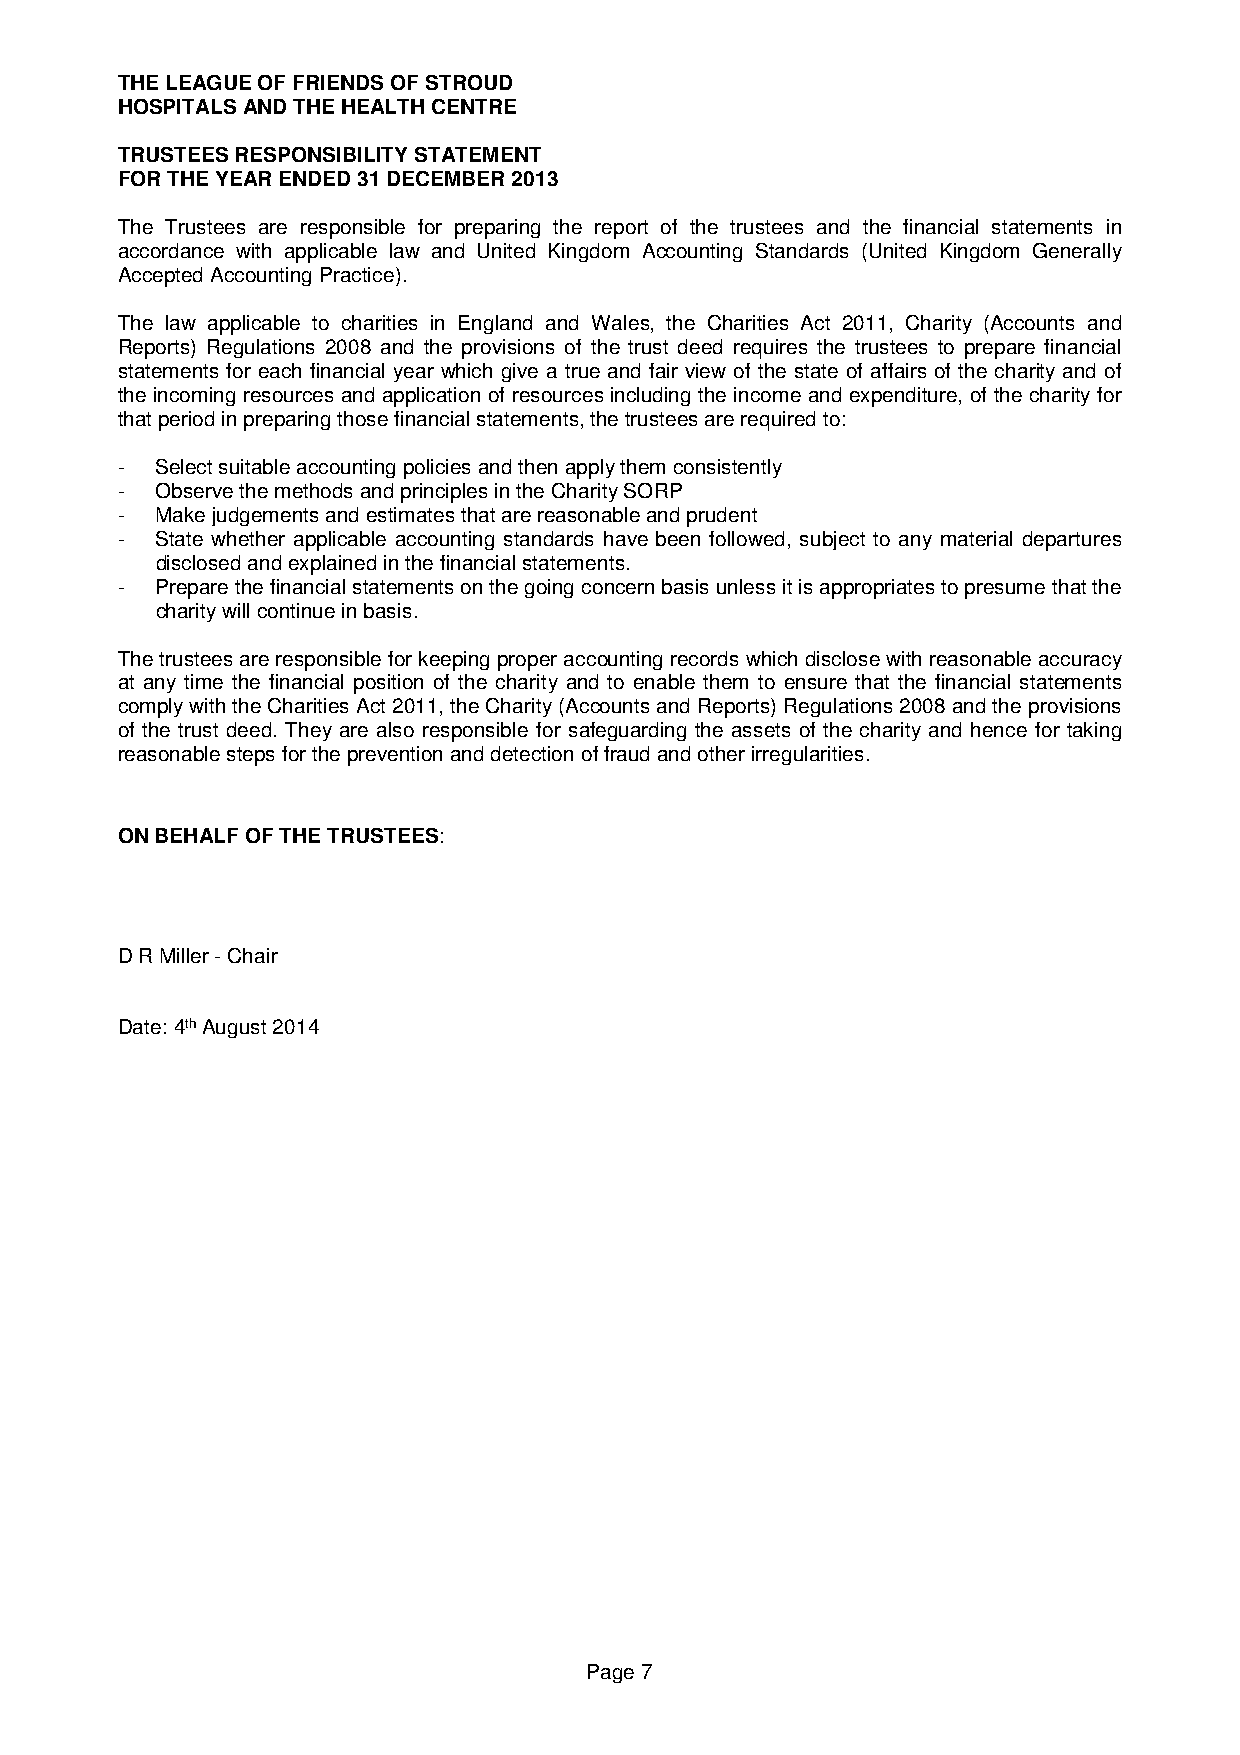
THE LEAGUE OF FRIENDS OF STROUD
 HOSPITALS AND THE HEALTH CENTRE
 TRUSTEES RESPONSIBILITY STATEMENT
 FOR THE YEAR ENDED 31 DECEMBER 2013
 The Trustees are responsible for preparing the report of the trustees and the financial statements in
 accordance with applicable law and United Kingdom Accounting Standards (United Kingdom Generally
 Accepted Accounting Practice).
 The law applicable to charities in England and Wales, the Charities Act 2011, Charity (Accounts and
 Reports) Regulations 2008 and the provisions of the trust deed requires the trustees to prepare financial
 statements for each financial year which give a true and fair view of the state of affairs of the charity and of
 the incoming resources and application of resources including the income and expenditure, of the charity for
 that period in preparing those financial statements, the trustees are required to:
 - Select suitable accounting policies and then apply them consistently
 - Observe the methods and principles in the Charity SORP
 - Make judgements and estimates that are reasonable and prudent
 - State whether applicable accounting standards have been followed, subject to any material departures
 disclosed and explained in the financial statements.
 - Prepare the financial statements on the going concern basis unless it is appropriates to presume that the
 charity will continue in basis.
 The trustees are responsible for keeping proper accounting records which disclose with reasonable accuracy
 at any time the financial position of the charity and to enable them to ensure that the financial statements
 comply with the Charities Act 2011, the Charity (Accounts and Reports) Regulations 2008 and the provisions
 of the trust deed. They are also responsible for safeguarding the assets of the charity and hence for taking
 reasonable steps for the prevention and detection of fraud and other irregularities.
 ON BEHALF OF THE TRUSTEES:
 D R Miller - Chair
 Date: 4th August 2014
 Page 7